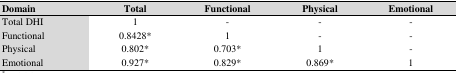
<table><thead><tr><td><b>Domain</b></td><td><b>Total</b></td><td><b>Functional</b></td><td><b>Physical</b></td><td><b>Emotional</b></td></tr></thead><tbody><tr><td>Total DHI</td><td>1</td><td>-</td><td>-</td><td>-</td></tr><tr><td>Functional</td><td>0.8428*</td><td>1</td><td>-</td><td>-</td></tr><tr><td>Physical</td><td>0.802*</td><td>0.703*</td><td>1</td><td>-</td></tr><tr><td>Emotional</td><td>0.927*</td><td>0.829*</td><td>0.869*</td><td>1</td></tr></tbody></table>